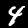
Label: 4